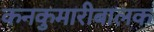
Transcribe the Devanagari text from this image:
कनकुमारीबालक